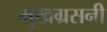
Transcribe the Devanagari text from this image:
मुखग्रसनी